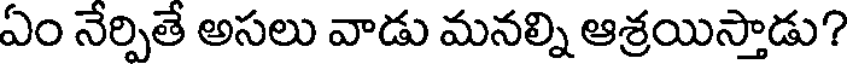
ఏం నేర్పితే అసలు వాడు మనల్ని ఆశ్రయిస్తాడు?